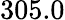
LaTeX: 305.0